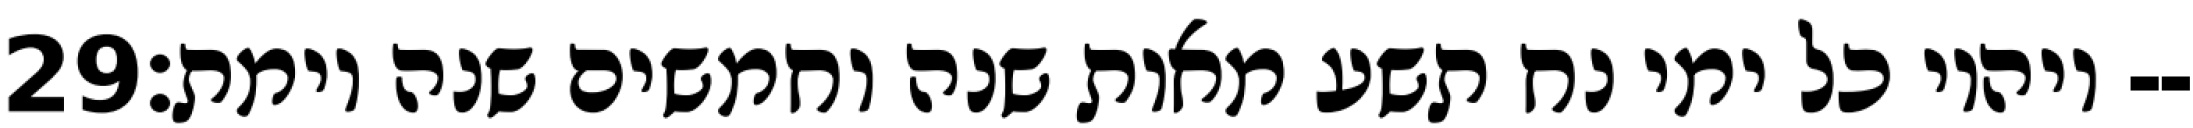
‎29‏ ויהיו כל ימי נח תשע מאות שנה וחמשים שנה וימת׃--